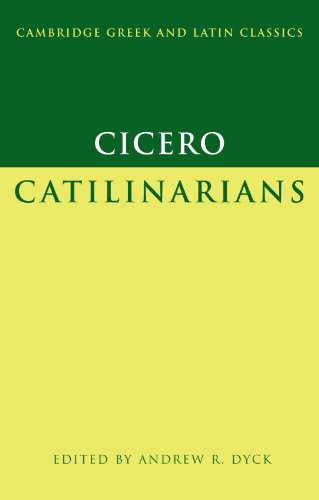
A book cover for Cicero: Catilinarians (Cambridge Greek and Latin Classics); Marcus Tullius Cicero; Literature & Fiction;